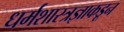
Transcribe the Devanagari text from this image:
धर्मशास्त्रज्ञाकडून